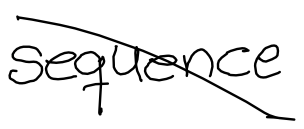
Text: sequence
Cross-out: diagonal
Writing tool: digital_black